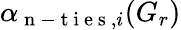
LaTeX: \alpha_{\mathrm{~n~-~t~i~e~s~},i}(G_{r})